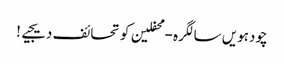
چودہویں سالگرہ - محفلین کو تحائف دیجیے!